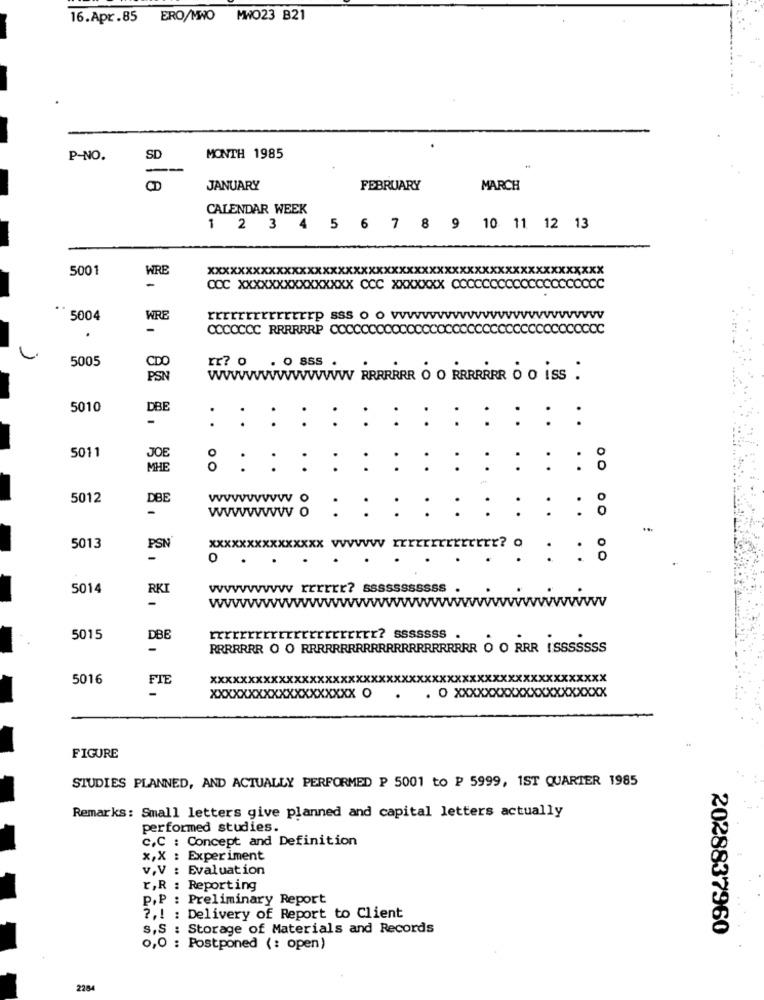
16.Apr.85 ERO/MWO MWO23 B21
P-NO.
SD
MONTH 1985
JANUARY
FEBRUARY
MARCH
CALENDAR WEEK
1 2 3
4
5 6 7 8 9 10 11 12 13
5001
WRB
xxxxxxxxxxxxxxxxxxxxxxxxxxxxxxxxxxxx
-
CCC XXXXXXXXXXXXXXX CCC XXXXXXX CCCCCCCCC
..
*5004
WRE
rrrrrrrrrrrrrrp sss o o vvvv
-
COCOCCC RRRRRRP CCCCC
5005
rr? 0
. O SSS .
WWWWWWWWWWWWV RRRRRRR 0 0 RRRRRRR 0 0 iss :
5010
DBE
-
:: : : : : : : : : : : :
5011
JOE
MHE
5012
DBE
wwwwww. : : : : : : : : : 8
5013
PSN
xxxxxxxxXXXXXXX Vwww rrrrrrrrrrrrr?
.
. . .
5014
RK
-
WWWWWVVVV
WVVVV
wVW
5015
DBE
rrrrrrr? sssssss
RRRRRRR O O RRRRRRRRRRRRRRRRRRRRRRR O O RRR !SSSSSSS
5016
FTE
xxxxxxxxxx
xxxxxxxxxxxxxxxxxxx O
0 XXXXXXXXX
FIGURE
STUDIES PLANNED, AND ACTUALLY PERFORMED P 5001 to P 5999, 1ST QUARTER 1985
Remarks: Small letters give planned and capital letters actually
performed studies.
c.C : Concept and Definition
x,X : Experiment
v.V : Evaluation
r,R : Reporting
P.P : Preliminary Report
?, ! : Delivery of Report to Client
S,S : Storage of Materials and Records
2028837960
0,0 : Postponed (: open)
2284